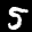
Label: 5